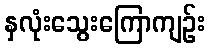
နှလုံးသွေးကြောကျဉ်း